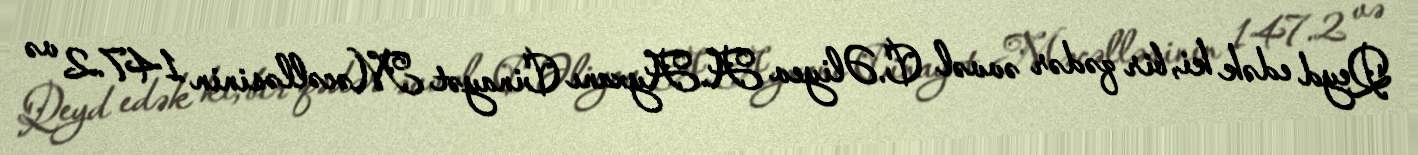
Qeyd edək ki, bir qədər əvvəl C.Əliyev A.Ayxanı Cinayət Məcəlləsinin 147.2 və